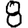
Digit: 8